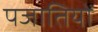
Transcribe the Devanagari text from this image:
पजातियों